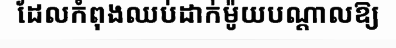
ដែលកំពុងឈប់ដាក់ម៉ូយបណ្តាលឱ្យ